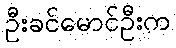
ဦးခင်မောင်ဦးက